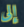
إلى